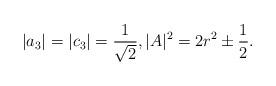
LaTeX: \begin{align*}|a_3|=|c_3|=\frac{1}{\sqrt{2}}, |A|^2=2r^2\pm\frac{1}{2}.\end{align*}